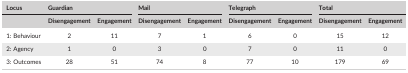
| Locus | <COLSPAN=2> Guardian | <COLSPAN=2> Mail | <COLSPAN=2> Telegraph | <COLSPAN=2> Total |
 |  | Disengagement | Engagement | Disengagement | Engagement | Disengagement | Engagement | Disengagement | Engagement |
 | --- | --- | --- | --- | --- | --- | --- | --- | --- |
 | 1: Behaviour | 2 | 11 | 7 | 1 | 6 | 0 | 15 | 12 |
 | 2: Agency | 1 | 0 | 3 | 0 | 7 | 0 | 11 | 0 |
 | 3: Outcomes | 28 | 51 | 74 | 8 | 77 | 10 | 179 | 69 |